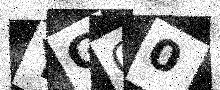
Text: YGO0